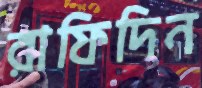
রাফিদিন